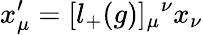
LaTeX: x_{\mu}^{\prime}=[l_{+}(g)]_{\mu}{}^{\nu}x_{\nu}